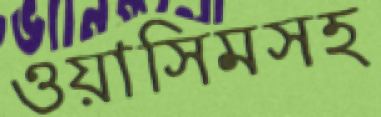
ওয়াসিমসহ